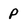
Character: p